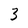
Character: 3